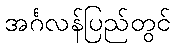
အင်္ဂလန်ပြည်တွင်